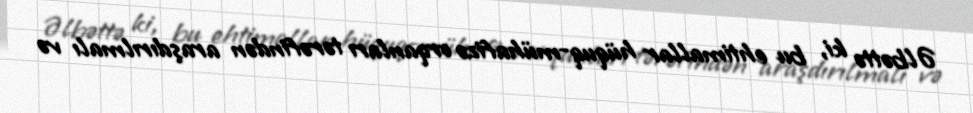
Əlbəttə ki, bu ehtimallar hüquq-mühafizə orqanları tərəfindən araşdırılmalı və